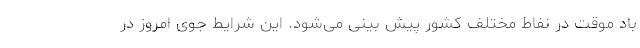
باد موقت در نفاط مختلف کشور پیش بینی می‌شود. این شرایط جوی امروز در